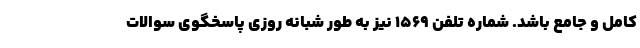
کامل و جامع باشد. شماره تلفن ۱۵۶۹ نیز به طور شبانه روزی پاسخگوی سوالات